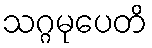
သဂ္ဂမုပေတိ